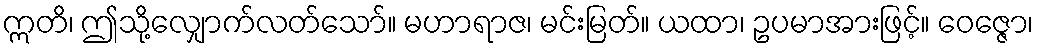
ဣတိ၊ ဤသို့လျှောက်လတ်သော်။ မဟာရာဇ၊ မင်းမြတ်။ ယထာ၊ ဥပမာအားဖြင့်။ ဝေဇ္ဇော၊